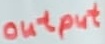
Text: output